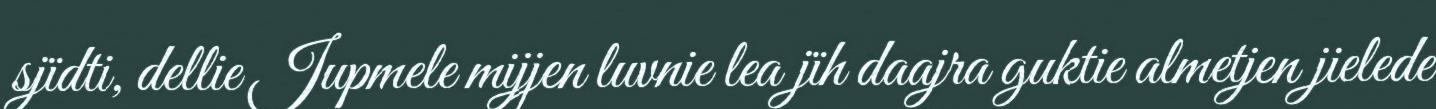
sjïdti, dellie Jupmele mijjen luvnie lea jïh daajra guktie almetjen jielede